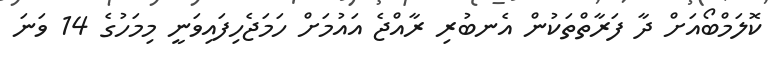
ކޮލަމްބޯއަށް ދާ ފަރާތްތަކުން އެނބުރި ރާއްޖެ އައުމަށް ހަމަޖެހިފައިވަނީ މިމަހުގެ 14 ވަނަ